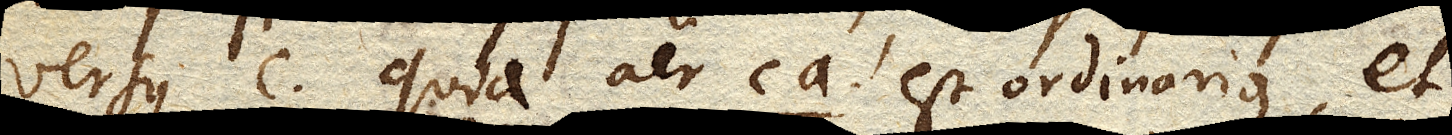
versus c quia aer ca est ordinarius, et